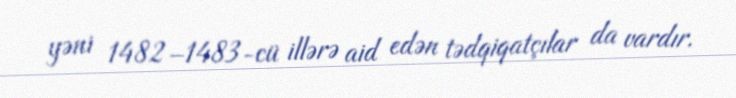
yəni 1482–1483-cü illərə aid edən tədqiqatçılar da vardır.